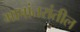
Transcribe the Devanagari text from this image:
भाषांतरांतील